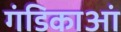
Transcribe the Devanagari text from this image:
गंडिकाआं